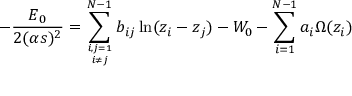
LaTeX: - { \frac { \c E _ { 0 } } { 2 ( \alpha s ) ^ { 2 } } } = \sum _ { { i , j = 1 \atop i \not = j } } ^ { N - 1 } b _ { i j } \ln ( z _ { i } - z _ { j } ) - W _ { 0 } - \sum _ { i = 1 } ^ { N - 1 } a _ { i } \Omega ( z _ { i } )